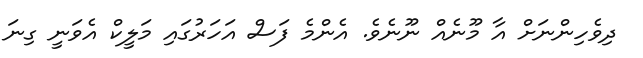
ދިވެހިންނަށް އާ މޫނެއް ނޫނެވެ. އެންމެ ފަސް އަހަރުގައި މަލީކް އެވަނީ ގިނަ